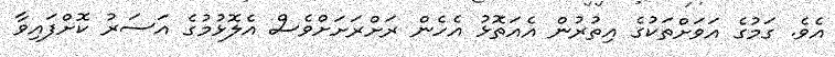
އެވެ. ގަމުގެ އަވަށްތަކުގެ އިތުރުން އެއަތޮޅު އެހެން ރަށްރަށަށްވެސް އެލޮޅުމުގެ އަސަރު ކޮށްފައިވާ